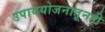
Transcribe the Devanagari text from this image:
उपाययोजनातूनही